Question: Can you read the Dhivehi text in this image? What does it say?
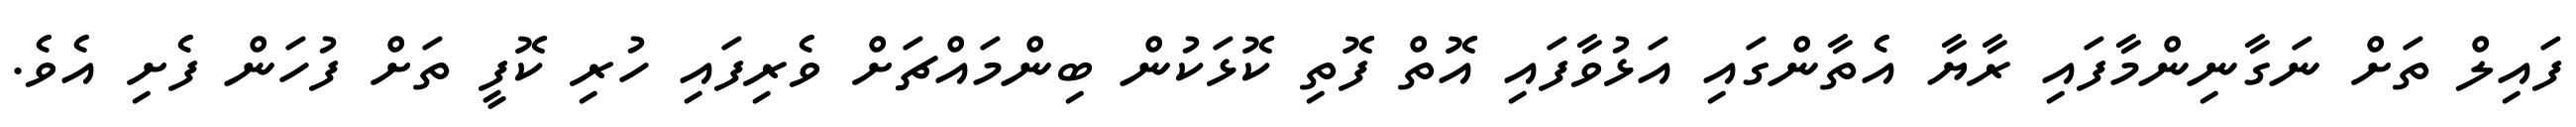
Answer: ފައިލް ތަށް ނަގާނިންމާފައި ރާޔާ އެތާންގައި އަޅުވާފައި އޮތް ފޮތި ކޮޅަކުން ބިންމައްޗަށް ވެރިފައި ހުރި ކޮފީ ތަށް ފުހަން ފެށި އެވެ.